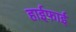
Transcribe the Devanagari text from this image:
हाईफाई